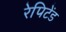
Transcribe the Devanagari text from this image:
रेपिटेंड